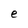
Character: e